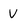
Character: V